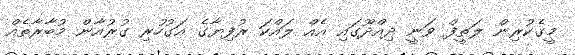
މީގެކުރިން ލަތީފް ވަނީ ދިއްދޫގައި އެއް ލައްކަ ރުފިޔާގެ އަގުހުރި ގުރުއާން މުބާރާތެއް